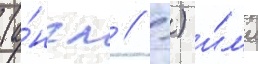
(а́нгл // -) и́л'и